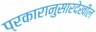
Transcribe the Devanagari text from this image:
प्रकारानुसारदेखील